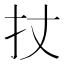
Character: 扙